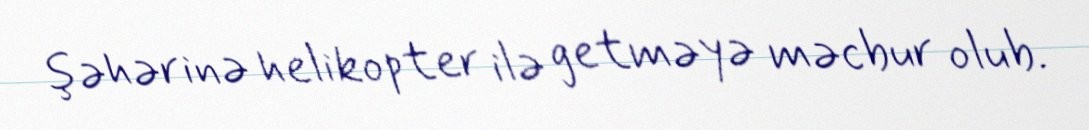
şəhərinə helikopter ilə getməyə məcbur olub.